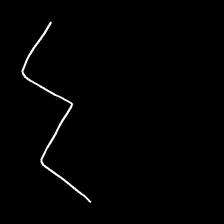
Glyph: crush